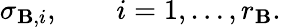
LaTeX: \sigma_{\mathbf{B},i},\qquad i=1,\ldots,r_{\mathbf{B}}.